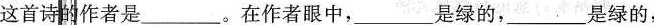
这首诗的作者是___。在作者眼中，___是绿的，___是绿的，